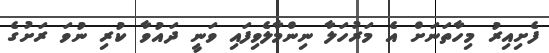
ފެށިއިރު މިހާތަނަށް އެ މަރުހަލާ ނިންމާލެވިފައި ވަނީ ދައުވާ ކުރި ނުވަ ރަށުގެ